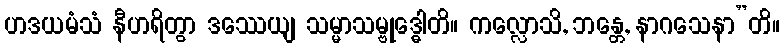
ဟဒယမံသံ နီဟရိတွာ ဒဿေယျ သမ္မာသမ္ဗုဒ္ဓေါတိ။ ကလ္လောသိ, ဘန္တေ, နာဂသေနာ”တိ။